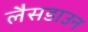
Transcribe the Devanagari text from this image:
लैसडाउन